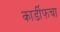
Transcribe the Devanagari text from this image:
कार्डीफचा